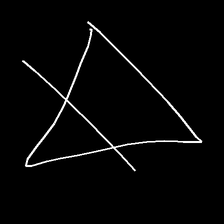
Glyph: empower